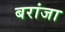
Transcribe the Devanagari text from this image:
बरांजा